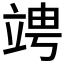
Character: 𥪁